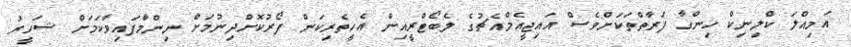
އަމިއްލަ ކްލިނިކް ހިންގާ ފަރާތްތަކަށްވެސް އައިޖީއެމްއެޗުގެ ލެބޯޓްރީއިން އެހީތެރިކަން ފޯރުކޮށްދިނުމަށް ނިންމާފައިވާކަމަށް ޝަހީރު